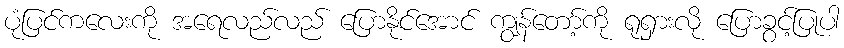
ပုံပြင်ကလေးကို အရေလည်လည် ပြောနိုင်အောင် ကျွန်တော့်ကို ရုရှားလို ပြောခွင့်ပြုပါ